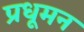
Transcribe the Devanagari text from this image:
प्रधूमन